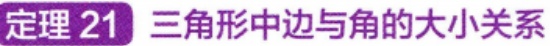
定理 21 三角形中边与角的大小关系